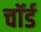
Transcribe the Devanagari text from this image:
चॉर्ड